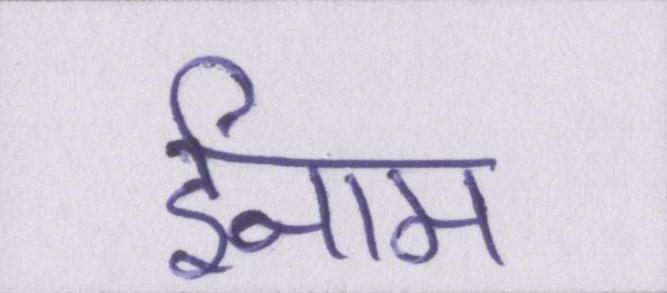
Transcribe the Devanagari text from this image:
ईनाम